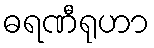
ဓရဏီရုဟာ